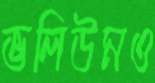
ভলিউমও